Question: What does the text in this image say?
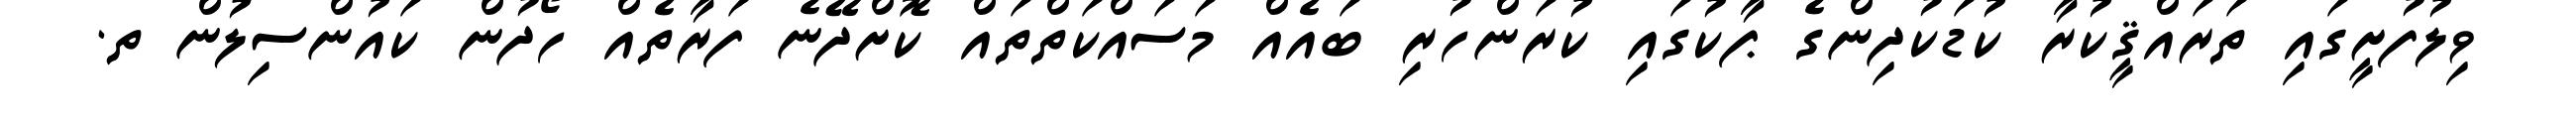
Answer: ވިލުފުށީގައި ތަރައްޤީކުރާ ކުޑަކުދިންގެ ޕާކުގައި ކުރަންހުރި ބައެއް މަސައްކަތްތައް ކޮށްދޭނެ ފަރާތެއް ހޯދުން ކައުންސިލުން ތ.